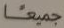
جميعا